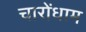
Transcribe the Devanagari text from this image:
चारोंधाम